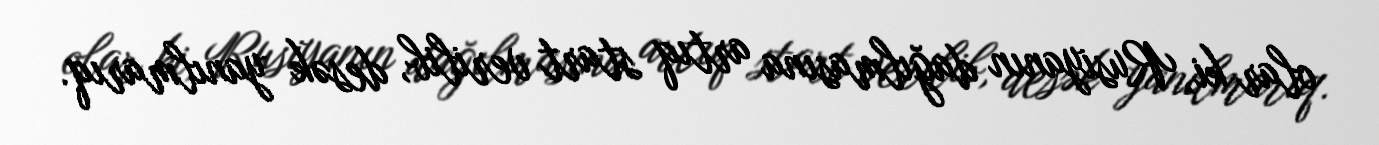
olar ki, Rusiyanın dağılmasına artıq start verilib, desək yanılmarıq.